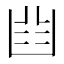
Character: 𠚒